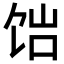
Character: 𬲴